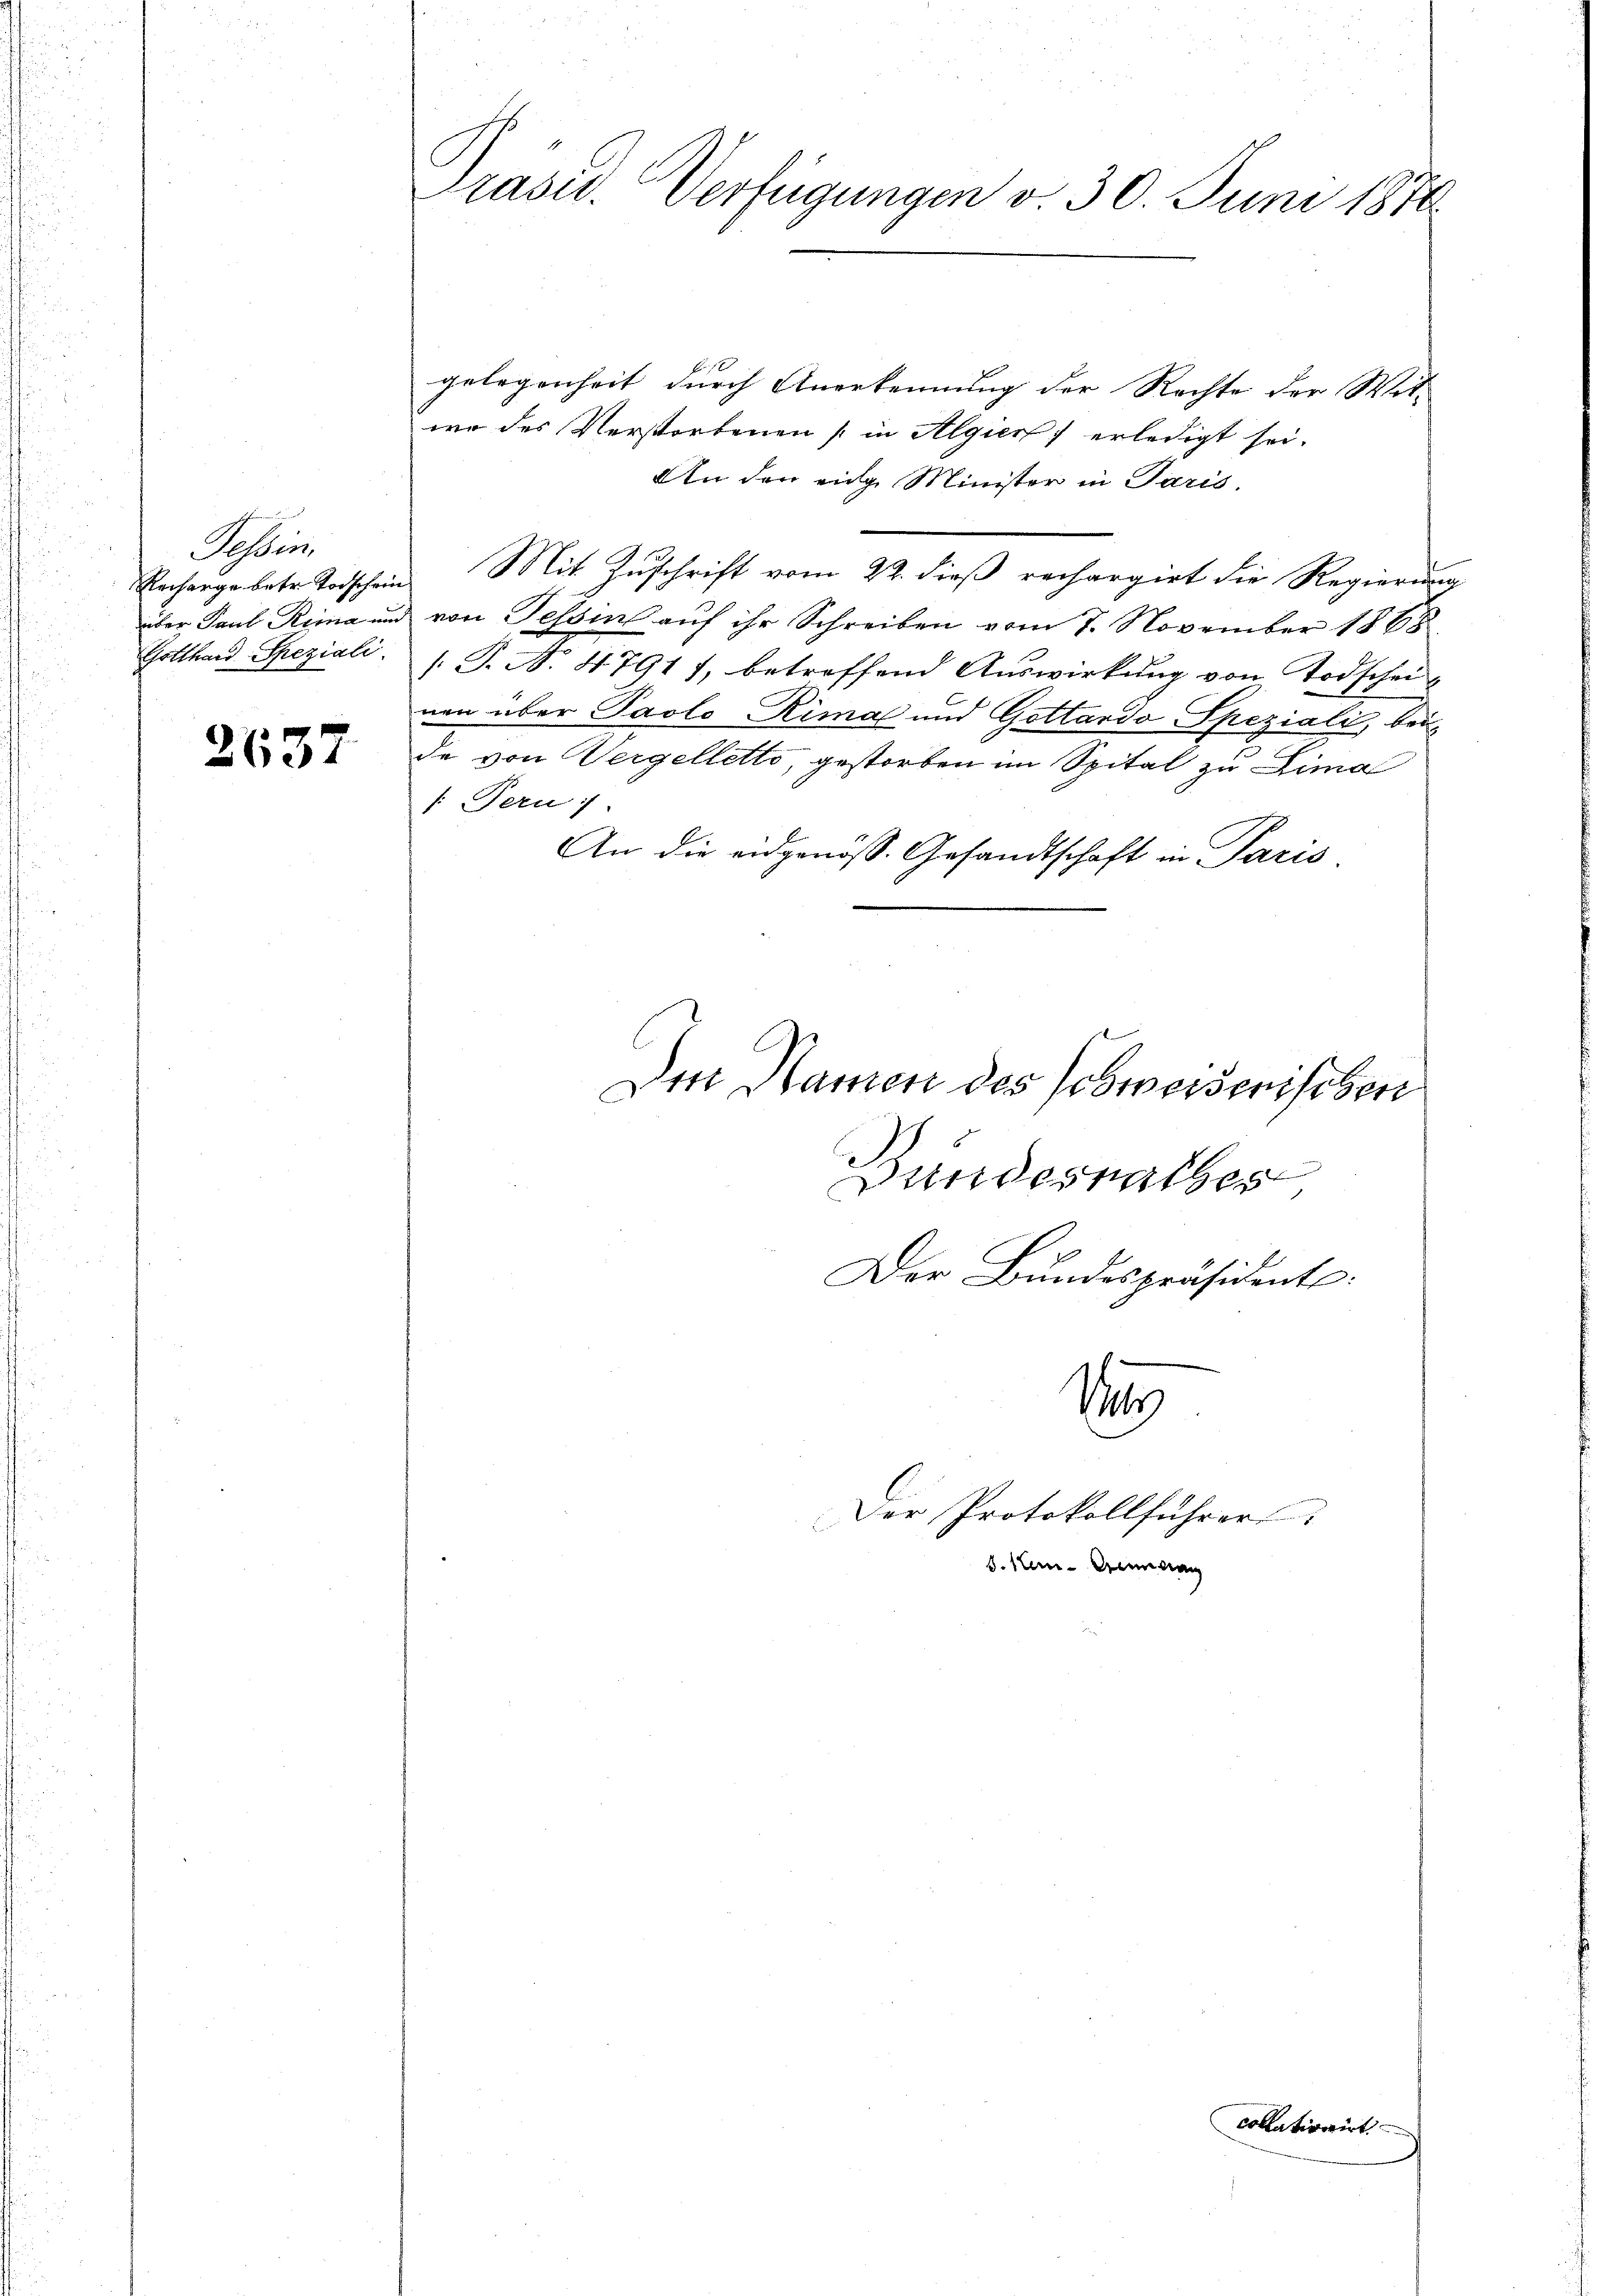
2

Tessin
Gotthard Speziali

2637

Präsid. Verfügungen v. 30. Juni 1870

gelegenheit durch Anerkennung der Rechte der Wit-
wo des Verstorbenen (in Algier erledigt sei.
An den eige Minister in Paris.
Recharge betr. Trischein Mit Zuschrift vom 22. dieß rechargirt die Regierung
über Paul Rima und von Tessins auf ihr Schreiben vom 7. November 1868
[G. N. 47917, betreffend Auswirkung von Todschei-
nen über Paolo Rimal und Gottardo Speziali, bei
de von Vergelletto, gestorben im Spital zu Lima
/. Fern
An die eidgenöss. Gesandtschaft in Paris,
1
Der Protokollführer
d. Neuen Genann
collationirt

Im Namen des Schweiserischen

Bundesrathes
Der Bundespräsident: